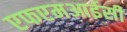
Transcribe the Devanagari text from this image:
एफएमआईसी